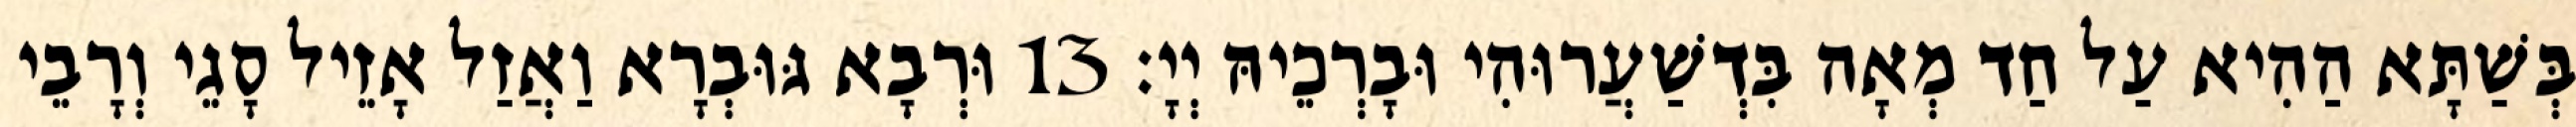
בְּשַׁתָּא הַהִיא עַל חַד מְאָה בִּדְשַׁעֲרוּהִי וּבָרְכֵיהּ יְיָ׃ 13 וּרְבָא גּוּבְרָא וַאֲזַל אָזֵיל סָגֵי וְרָבֵי